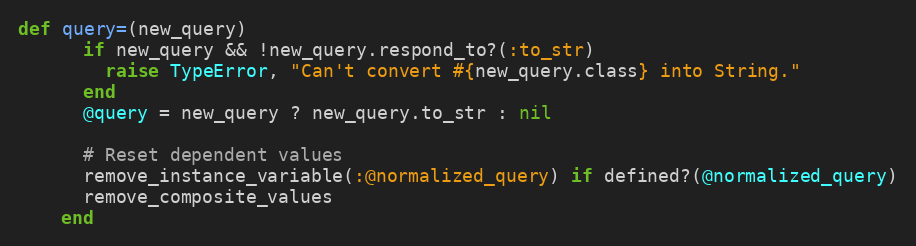
Language: Ruby
def query=(new_query)
      if new_query && !new_query.respond_to?(:to_str)
        raise TypeError, "Can't convert #{new_query.class} into String."
      end
      @query = new_query ? new_query.to_str : nil

      # Reset dependent values
      remove_instance_variable(:@normalized_query) if defined?(@normalized_query)
      remove_composite_values
    end